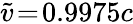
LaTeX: \widetilde{v}\! =\! 0.9975c